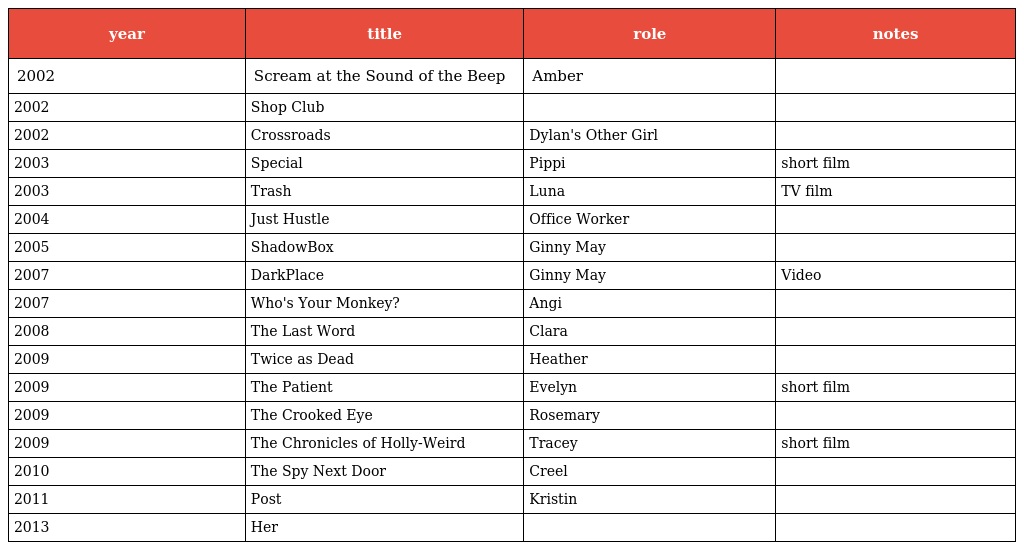
| year | title | role | notes |
 | --- | --- | --- | --- |
 | 2002 | Scream at the Sound of the Beep | Amber |  |
 | 2002 | Shop Club |  |  |
 | 2002 | Crossroads | Dylan's Other Girl |  |
 | 2003 | Special | Pippi | short film |
 | 2003 | Trash | Luna | TV film |
 | 2004 | Just Hustle | Office Worker |  |
 | 2005 | ShadowBox | Ginny May |  |
 | 2007 | DarkPlace | Ginny May | Video |
 | 2007 | Who's Your Monkey? | Angi |  |
 | 2008 | The Last Word | Clara |  |
 | 2009 | Twice as Dead | Heather |  |
 | 2009 | The Patient | Evelyn | short film |
 | 2009 | The Crooked Eye | Rosemary |  |
 | 2009 | The Chronicles of Holly-Weird | Tracey | short film |
 | 2010 | The Spy Next Door | Creel |  |
 | 2011 | Post | Kristin |  |
 | 2013 | Her |  |  |